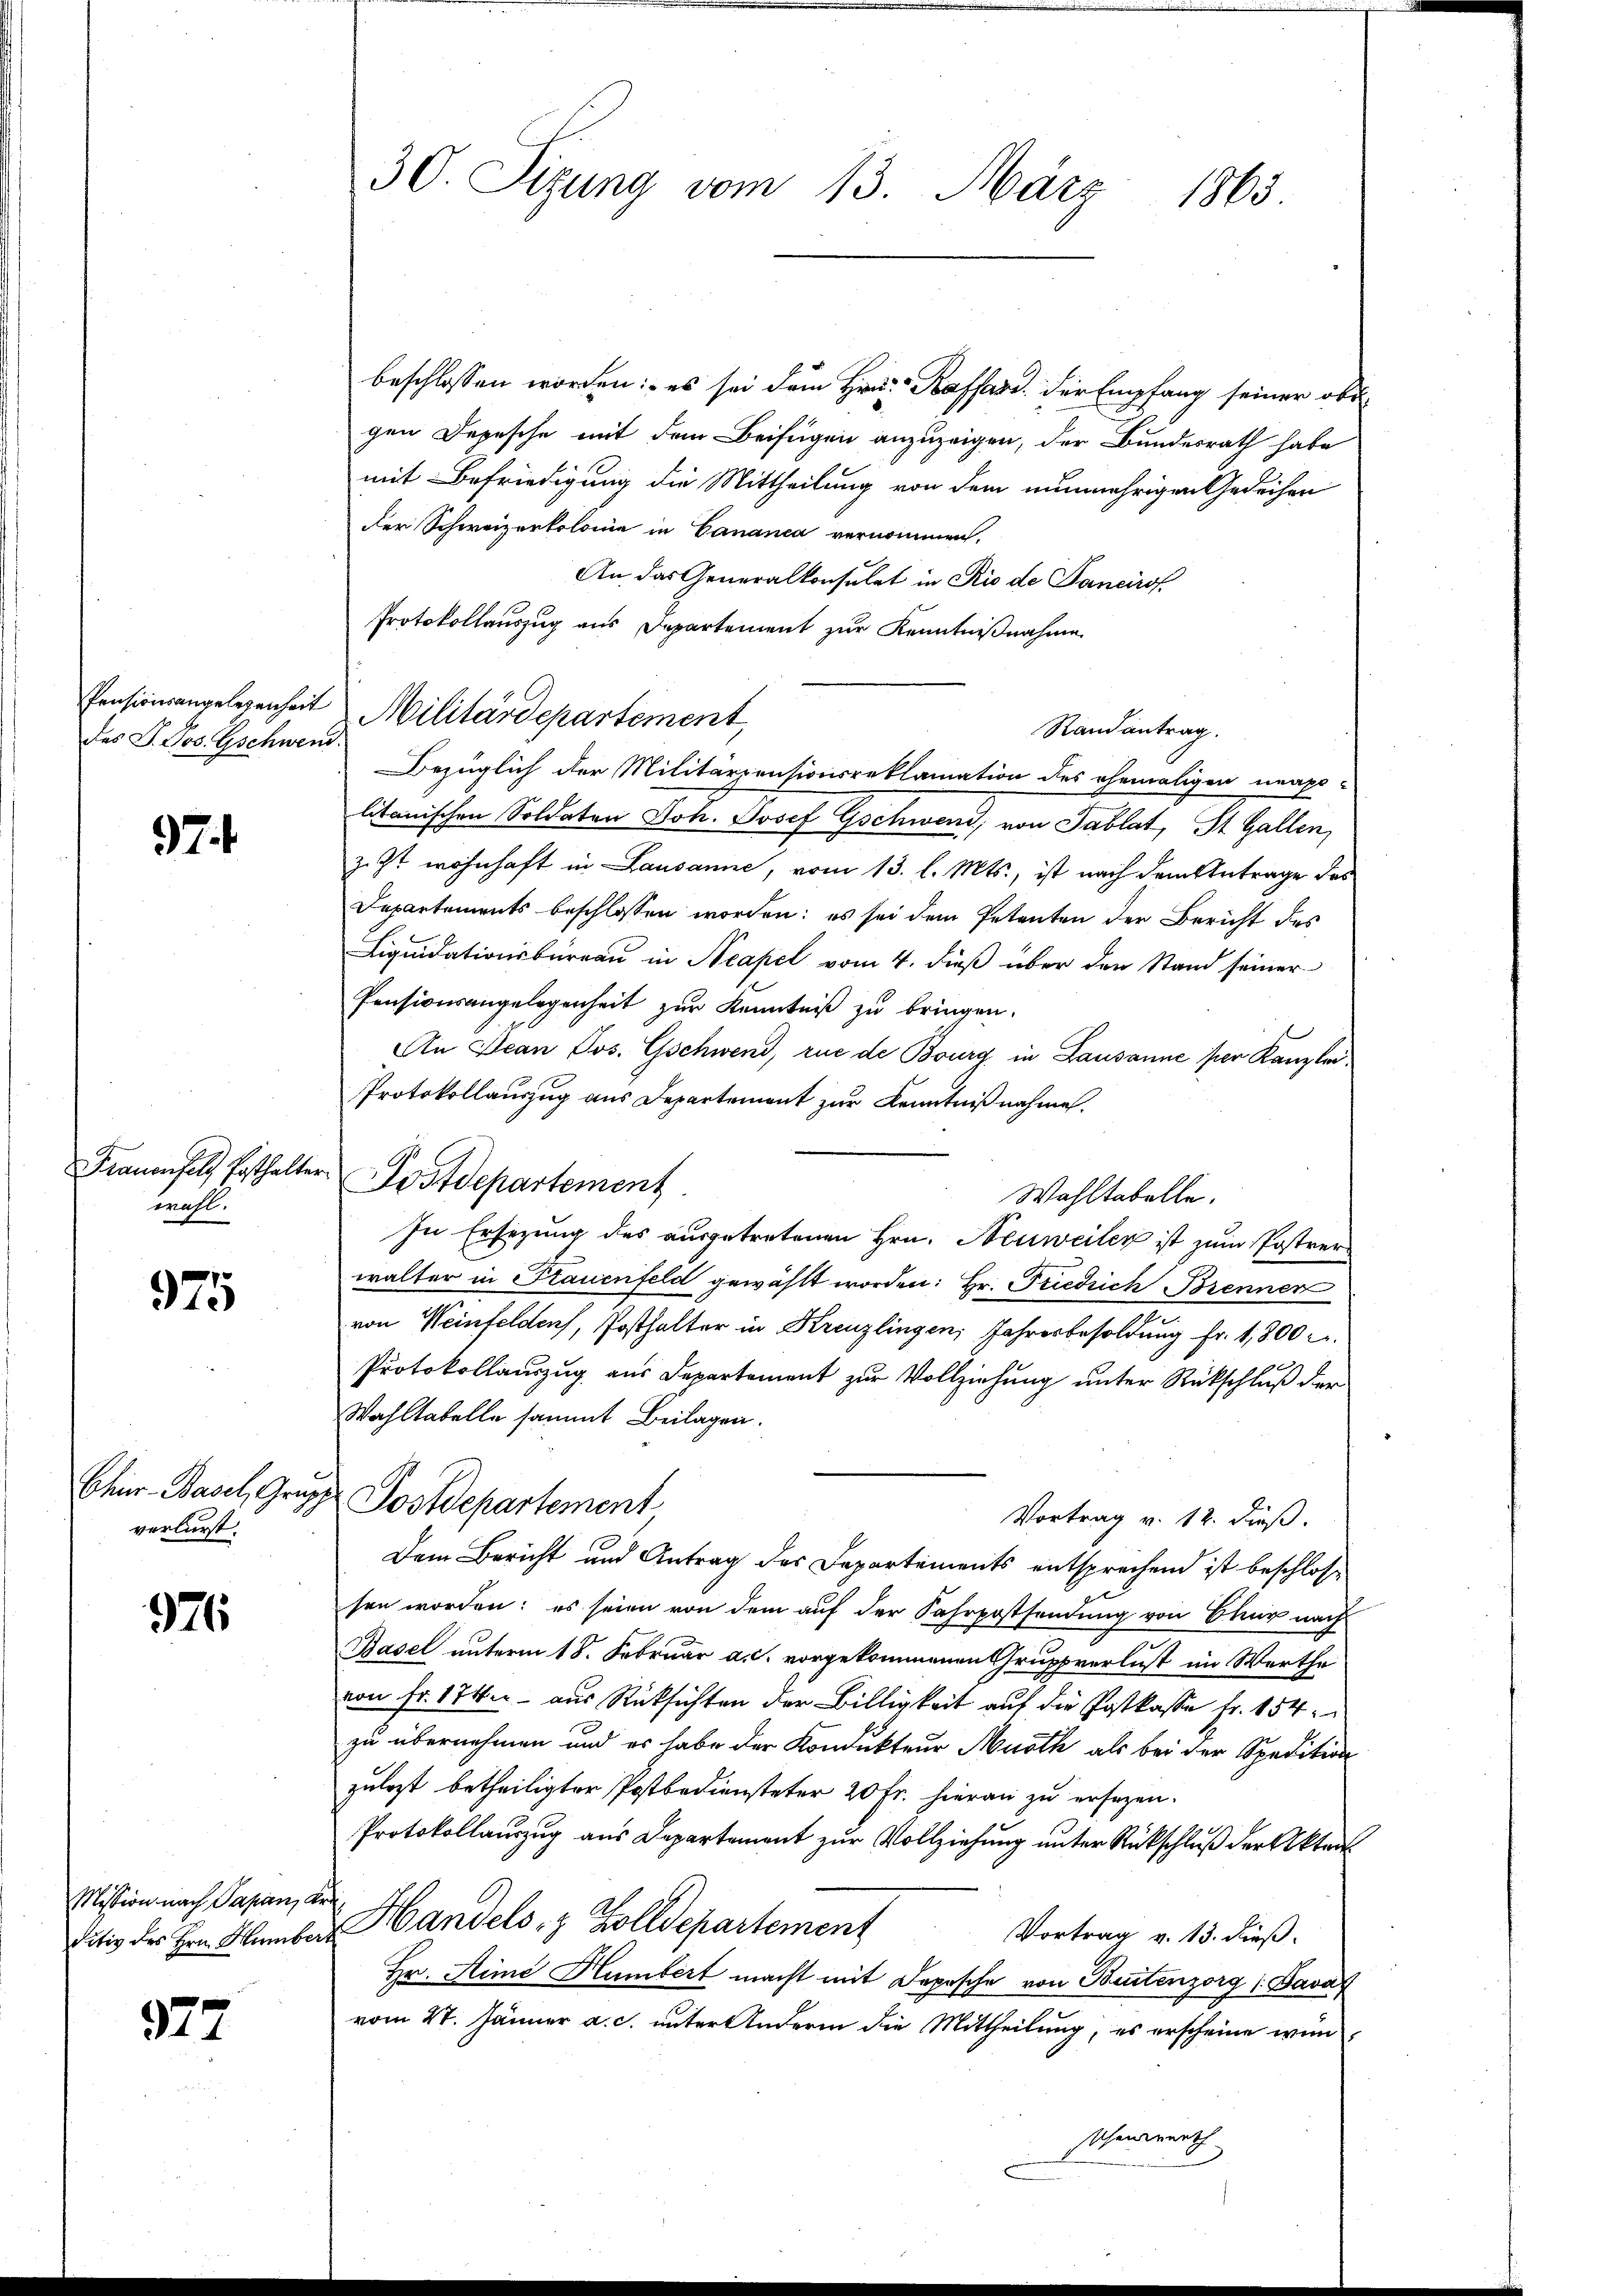
des J. Jos. Gschwend

97.

Frauenfels Posthalte
wohl.

975

Chur-Basel, Grup
verlurst.

376

Mission nach Papan, de
ditiv des Hrn. Hamber

27

beschlossen worden: es sei dem Hrn. Kassard der Empfang seiner obe
gen Depesche mit dem Beifügen anzuzeigen, der Bundesrath habe
mit Befriedigung die Mittheilung von dem nunmehrigen Gedeihen
der Schweizerkolonie in Cananea vernommen,
An das Generalkonsulat in Rio de Pancirof
Protokollauszug aus Departement zur Kenntnißnahme
Randantrag.
Bezüglich der Militarzensionsreklamation des ehemaligen neapo-
litanischen Soldaten Joh. Josef Gschwend, von Tablat, St. Gallen,
Zizt wohnhaft in Lausanne, vom 13. l. Mts., ist nach dem Antrage des
Departements beschlossen worden; es sei dem Petenten der Bericht des
Liquidationsbüreau in Neapel vom 4. dieß über den Stand seiner
Pensionsangelegenheit zur Kenntniß zu bringen.
An Dean Jos. Gschwend, rue de Bourg, in Lausanne per Kanzlei
Protokollauszug aus Departement zur Kenntnißnahme.
Postdepartement
Wahltabelle.
In Ersezung des ausgetretenen Hrn. Neuweiler ist zum Postrer
walter in Frauenfeld gewählt worden: Hr. Friedrich Brenner
von Weinfelden, Posthalter in Kreuzlingen, Jahresbesoldung Fr. 1,800
Protokollauszug aus Departement zur Vollziehung unter Rückschluß der
Wahltabelle sammt Beilagen.
Postdepartement
Vortrag v. 12. dieß.
Dem Bericht und Antrag des Departements entsprechend ist beschlossen worden: es seien von dem auf der Fahrpostsendung von Chur nach
Basel unterm 18. Februar a. c. vorgekommenen Gruppverlust im Werthe
von Fr. 174.- aus Rücksichten der Billigkeit auf die Postkasse fr. 154.
zu übernehmen und es habe der Kondukteur Muth als bei der Spedition
zulezt betheiligter Postbediensteter 20 Fr. hieran zu ersezen.
Protokollauszug aus Departement zur Vollziehung unter Rückschluß der Akten
Handels- & Zolldepartement
Vortrag v. 13. dieß.
Hr. Sime Humbert macht mit Depesche von Beutenzorg Bavar
vom 27. Jänner a. c. unter Andern die Mittheilung, es erscheine winhenwerth

30. Sizung vom 13. März 1865

Pensionsangelegenheit Militärdepartement